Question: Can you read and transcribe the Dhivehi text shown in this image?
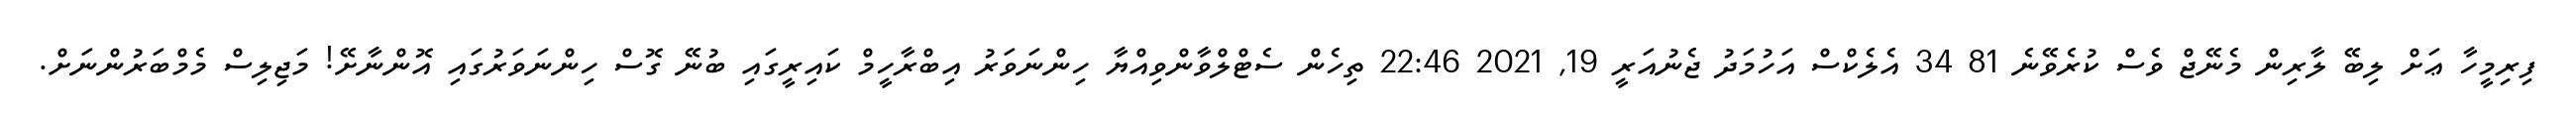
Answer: ފިރިމީހާ ޢަށް ލިބޭ ލާރިން މެނޭޖް ވެސް ކުރެވޭނެ 81 34 އެލެކްސް އަހުމަދު ޖެނުއަރީ 19, 2021 22:46 ތިހެން ސެޓްލްވާންވިއްޔާ ހިންނަވަރު އިބްރާހީމް ކައިރީގައި ބުނޭ ގޮސް ހިންނަވަރުގައި އޮންނާށޭ! މަޖިލިސް މެމްބަރުންނަށް.